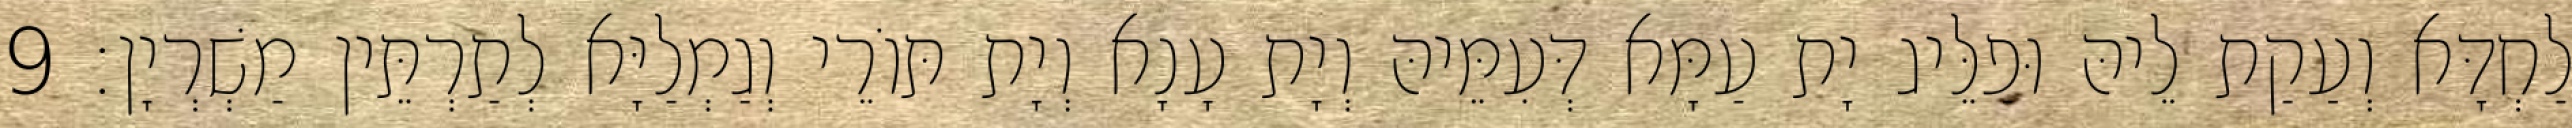
לַחְדָּא וְעַקַת לֵיהּ וּפַלֵּיג יָת עַמָּא דְּעִמֵּיהּ וְיָת עָנָא וְיָת תּוֹרֵי וְגַמְלַיָּא לְתַרְתֵּין מַשְׁרְיָן׃ 9